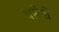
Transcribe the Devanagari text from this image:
घरियों